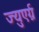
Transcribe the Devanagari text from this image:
ज्युएर्ग्न